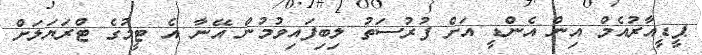
ޕީޑީއާރުއެމް އިން އެންޑީ އަށް ފުރުސަތު ލިބިފައިވުމުން އޭނާ އެ ޓީމުގެ ޓްރަޔަލަށް